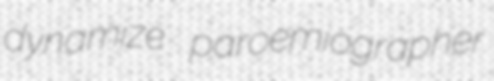
dynamize paroemiographer